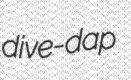
dive-dap